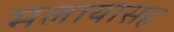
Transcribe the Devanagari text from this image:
मलायासह